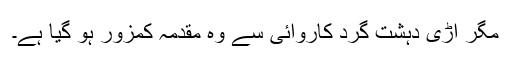
مگر اڑی دہشت گرد کاروائی سے وہ مقدمہ کمزور ہو گیا ہے۔